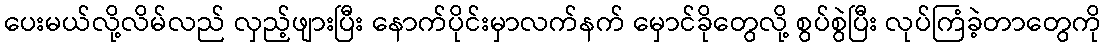
ပေးမယ်လို့လိမ်လည် လှည့်ဖျားပြီး နောက်ပိုင်းမှာလက်နက် မှောင်ခိုတွေလို့ စွပ်စွဲပြီး လုပ်ကြံခဲ့တာတွေကို